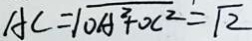
A C = \sqrt { O A ^ { 2 } + O C ^ { 2 } } = \sqrt { 2 }